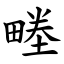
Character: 畻